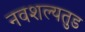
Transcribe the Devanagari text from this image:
नवशल्यतुड